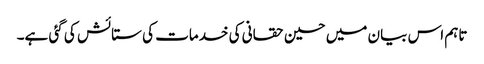
تاہم اس بیان میں حسین حقانی کی خدمات کی ستائش کی گئی ہے۔